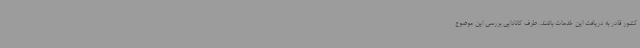
کشور قادر به دریافت این خدمات باشند. طرف کانادایی بررسی این موضوع